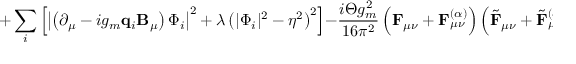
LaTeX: + \sum _ { i } ^ { } \left[ \left| \left( \partial _ { \mu } - i g _ { m } { \bf q } _ { i } { \bf B } _ { \mu } \right) \Phi _ { i } \right| ^ { 2 } + \lambda \left( | \Phi _ { i } | ^ { 2 } - \eta ^ { 2 } \right) ^ { 2 } \right] - \frac { i \Theta g _ { m } ^ { 2 } } { 1 6 \pi ^ { 2 } } \left( { \bf F } _ { \mu \nu } + { \bf F } _ { \mu \nu } ^ { ( \alpha ) } \right) \left( \tilde { \bf F } _ { \mu \nu } + \tilde { \bf F } _ { \mu \nu } ^ { ( \alpha ) } \right) \Biggr ] \Biggr \} .